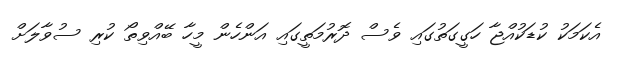
އެކަމަކު ކުޑަކުއްޖާ ހަގީގަތުގައި ވެސް ދޮރުމަތީގައި އަންހެން މީހާ ބޭއްވިތޯ ކުރި ސުވާލަށް